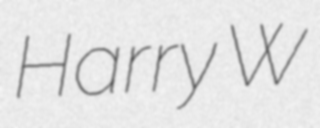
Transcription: Harry W